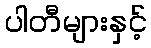
ပါတီများနှင့်